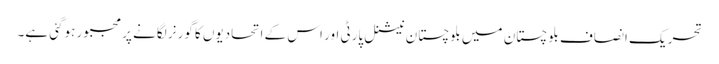
تحریک انصاف بلوچستان میں بلوچستان نیشنل پارٹی اور اس کے اتحادیوں کا گورنر لگانے پر مجبور ہوگئی ہے۔